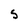
Character: S